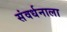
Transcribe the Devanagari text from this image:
संवर्धनाला